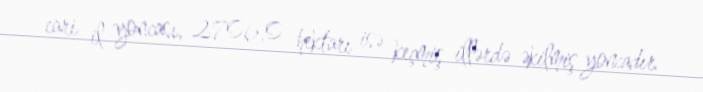
cari il yoncası, 2706,0 hektarı isə keçmiş illərdə əkilmiş yoncadır.